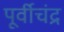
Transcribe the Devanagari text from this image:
पूर्वीचंद्र